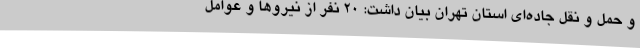
و حمل و نقل جاده‌ای استان تهران بیان داشت: ۲۰ نفر از نیروها و عوامل